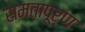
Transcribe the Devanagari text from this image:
समतापूर्ण